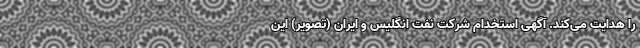
را هدایت می‌کند. آگهی استخدام شرکت نفت انگلیس و ایران (تصویر) این